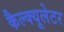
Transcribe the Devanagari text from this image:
कैल्क्यूलेटर